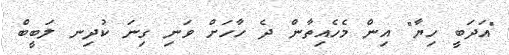
"އަދަބީ ހިޔާ" އިން މެހެއިތާން ދެ ހާހަށް ވަނި ގިނަ ކުދިނ ލަބީބް